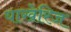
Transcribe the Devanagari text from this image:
याखेरिज